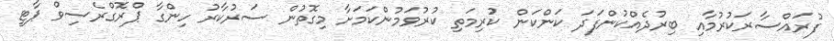
ފުރައްސާރަކުރުމާއި ބިރުދެއްކުންފަދަ ކަންކަން ކުރިމަތި ކުރުވަމުންކަމަށާ މިގޮތުން ސަރުކާރު ހިންގާ ޕްރޮގްރެސިވް ޕާޓީ